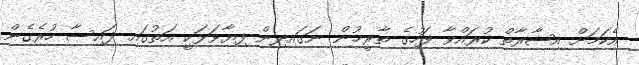
އެކަމަށް އިޝާރާތް ކުރައްވާ ފަހުގެ ތާރީޚުން ނަގައިދިން ފިޔާވަޅަކީ އަތުގައި ފައިސާ ހުރެގެން